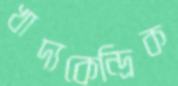
খাদ্যকেন্দ্রিক